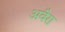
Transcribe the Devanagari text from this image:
अवैरा